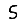
Digit: 5